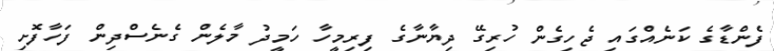
ފެންޑާގެ ކަނެއްގައި ޖެހިގެން ހުރިގޭ ދިޔާނާގެ ފިރިމީހާ ހަމީދު މާލެން ގެނެސްދިން ފަހާފޮށި